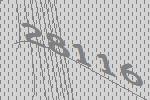
28116